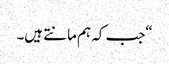
“جب کہ ہم مانتے ہیں۔